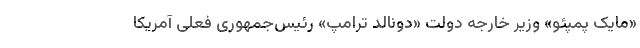
«مایک پمپئو» وزیر خارجه دولت «دونالد ترامپ» رئیس‌جمهوری فعلی آمریکا